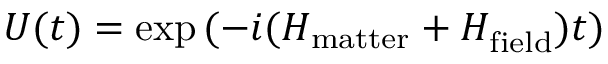
U ( t ) = \exp { ( - i ( H _ { \mathrm { m a t t e r } } + H _ { \mathrm { f i e l d } } ^ { } ) t ) }